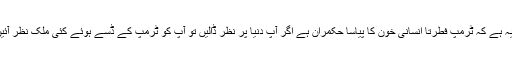
مسئلہ یہ ہے کہ ٹرمپ فطرتاً انسانی خون کا پیاسا حکمران ہے اگر آپ دنیا پر نظر ڈالیں تو آپ کو ٹرمپ کے ڈسے ہوئے کئی ملک نظر آئیں گے۔